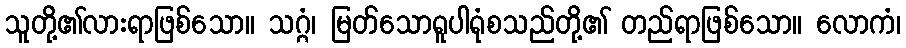
သူတို့၏လားရာဖြစ်သော။ သဂ္ဂံ၊ မြတ်သောရူပါရုံစသည်တို့၏ တည်ရာဖြစ်သော။ လောကံ၊